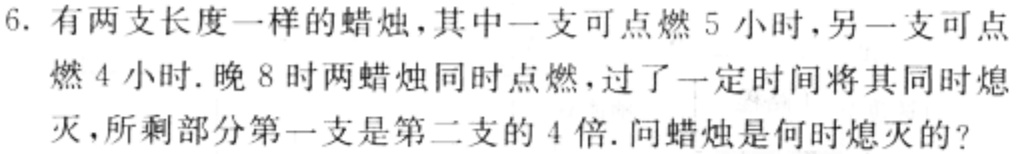
6. 有两支长度一样的蜡烛，其中一支可点燃 5 小时，另一支可点燃 4 小时. 晚 8 时两蜡烛同时点燃，过了一定时间将其同时熄灭，所剩部分第一支是第二支的 4 倍. 问蜡烛是何时熄灭的？